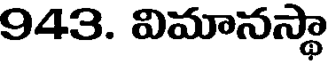
943. విమానస్థా